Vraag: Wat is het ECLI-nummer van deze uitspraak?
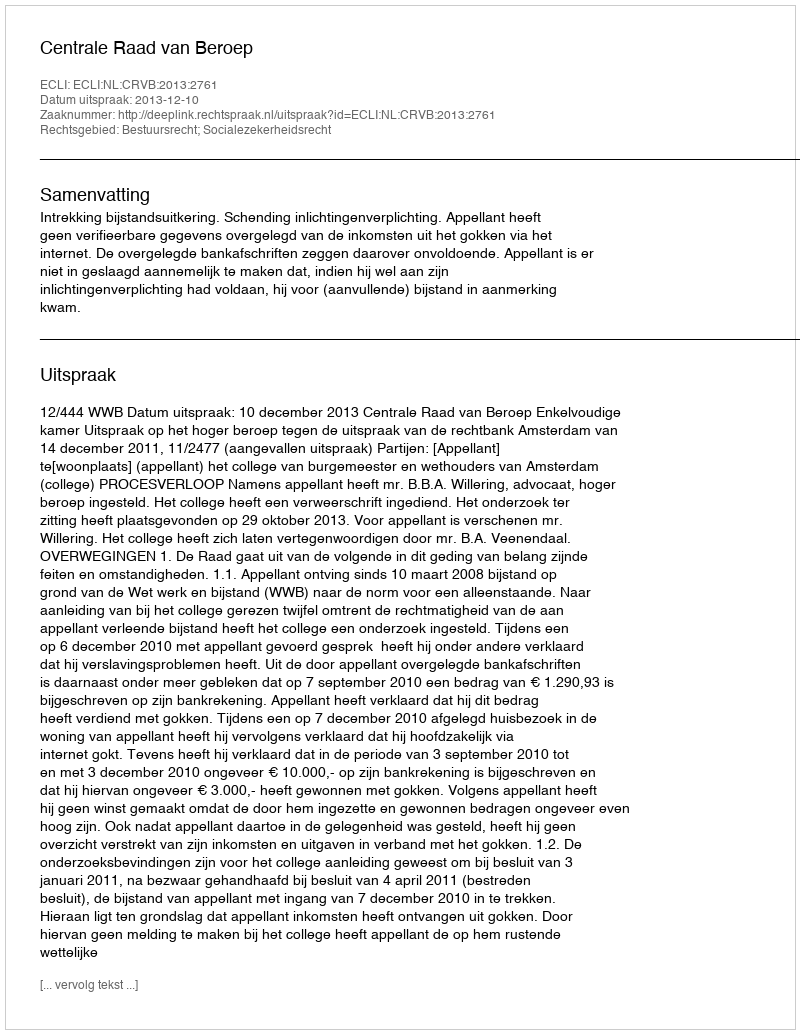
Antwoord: ECLI:NL:CRVB:2013:2761